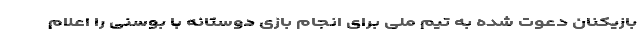
بازیکنان دعوت شده به تیم ملی برای انجام بازی دوستانه با بوسنی را اعلام